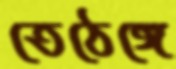
তেঠেঙ্গে